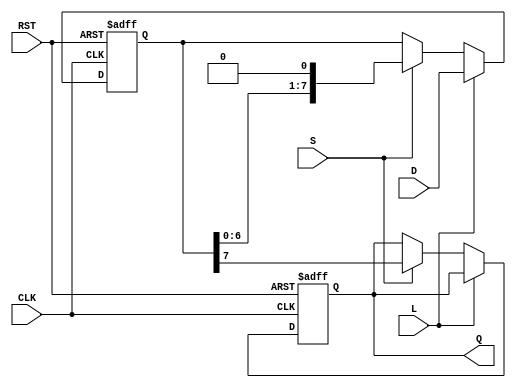
module PISO_Register #(
    parameter N = 8 // Parameter for the number of bits in the register
)(
    input wire [N-1:0] D,     // Parallel data input
    input wire L,              // Load control signal
    input wire S,              // Shift control signal
    input wire CLK,            // Clock signal
    input wire RST,            // Asynchronous reset signal
    output reg Q               // Serial output
);

    reg [N-1:0] shift_reg;     // Shift register to hold the data

    always @(posedge CLK or posedge RST) begin
        if (RST) begin
            shift_reg <= {N{1'b0}}; // Clear the shift register on reset
            Q <= 1'b0;              // Clear the serial output
        end else begin
            if (L) begin
                shift_reg <= D;     // Load data into the shift register
            end else if (S) begin
                Q <= shift_reg[N-1]; // Shift out the MSB to Q
                shift_reg <= {shift_reg[N-2:0], 1'b0}; // Shift left
            end
        end
    end

endmodule